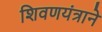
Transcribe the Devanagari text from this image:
शिवणयंत्राने